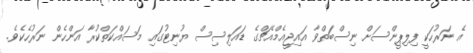
އެ ނަރުހަކީ ފިލިޕީންސަށް ނިސްބަތްވާ އައިޖީއެމްއެޗްގެ ޑައަލިސިސް ޔުނިޓުގައި މަސައްކަތްކުރާ އަންހެން ނަރުހެކެވެ.